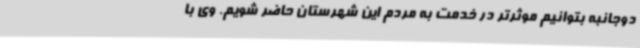
دوجانبه بتوانیم موثرتر در خدمت به مردم این شهرستان حاضر شویم. وی با